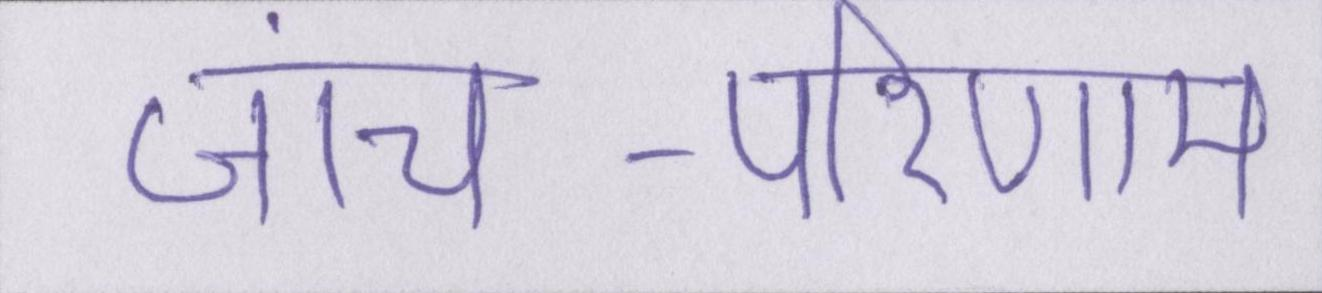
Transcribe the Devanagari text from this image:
जांच-परिणाम